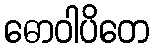
ဓောဝါပိတေ